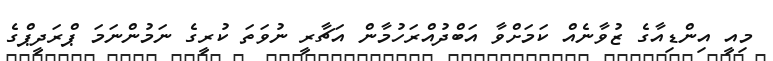
މިއީ އިންޑިއާގެ ޒުވާނެއް ކަމަށްވާ އަބްދުއްރަހުމާން އަޗާރީ ނުވަތަ ކުރީގެ ނަމުންނަމަ ޕްރަދީޕްގެ